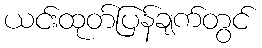
ယင်းထုတ်ပြန်ချက်တွင်